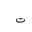
Letter: _ta